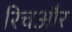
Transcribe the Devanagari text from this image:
रिचऔर